Civil Veterinary Department. Madras. Admin. report 1910-25 - 1910-1925
Year: 1910
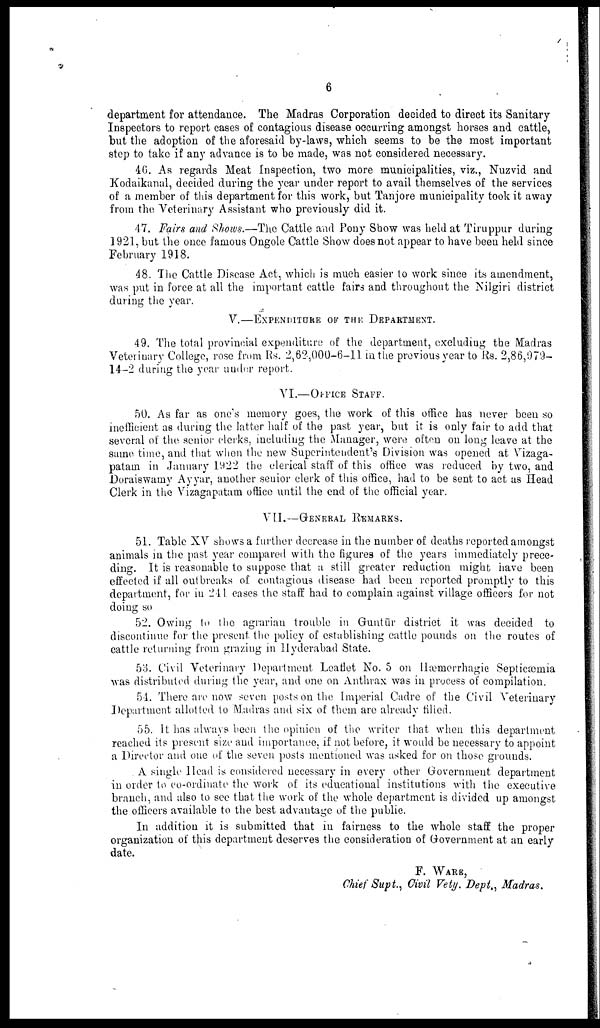
6
department for attendance. The Madras Corporation decided to direct its Sanitary
Inspectors to report cases of contagious disease occurring amongst horses and cattle,
but the adoption of the aforesaid by laws, which seems to be the most important
step to take if any advance is to be made, was not considered necessary.
40. As regards Meat Inspection, two more municipalities, viz., Nuzvid and
Kodaikanal, decided during the year under report to avail themselves of the services
of a member of this department for this work, but Tanjore municipality took it away
from the Veterinary Assistant who previously did it.
47. Fairs and Shows.—The Cattle and Pony Show was held at Tiruppur during
1921, but the once famous Ongole Cattle Show does not appear to have been held since
February 1918.
48. The Cattle Disease Act, which is much easier to work since its amendment,
was put in force at all the important cattle fairs and throughout the Nilgiri district
during the year.
V.—EXPENDITURE OF THE DEPARTMENT.
49. The total provincial expenditure of the department, excluding the Madras
Veterinary College, rose from Rs. 2,62,000-6-11 in the previous year to Rs. 2,86,979-
14-2 during the year under report.
VI.—OFFICE STAFF.
50. As far as one's memory goes, the work of this office has never been so
inefficient as during the latter half of the past year, but it. is only fair to add that
several of the senior clerks, including the Manager, were often on long leave at the
sumo time, and that when the new Superintendent's Division was opened at Vizaga-
patam in January 1922 the clerical staff of this office was reduced by two, and
Dorai8wamy Ayyar, another senior clerk of this office, had to be sent to act as Head
Clerk in the Vizagapatam office until the end of the official year.
VII.—GENERAL REMARKS.
51. Table XV shows a further decrease in the number of deaths reported amongst
animals in the past year compared with the figures of the years immediately prece-
ding. It is reasonable to suppose that a still greater reduction might have been
effected if all outbreaks of contagious disease had been reported promptly to this
department, for in 241. cases the staff had to complain against village officers for not
doing so
52. Owing to the agrarian trouble in Guntur district it was decided to
discontinue for the present the policy of establishing cattle pounds on the routes of
cattle returning from grazing in Hyderabad State.
53. Civil Veterinary Department Leaflet No. 5 on Hæmorrhagic Septicæmia
was distributed during the year, and one on Anthrax was in process of compilation.
51. There are now seven posts on the Imperial Cadre of the Civil Veterinary
Department allotted to Madras and six of them are already filled.
55. It has always been the opinion of the writer that when this department
reached its present size and importance, if not before, it would be necessary to appoint
a Director and one of the seven posts mentioned was asked for on those grounds.
A single Head is considered necessary in every other Government department
in order to co-ordinate the work of its educational institutions with the executive
branch, and also to see that the work of the whole department is divided up amongst
the officers available to the best advantage of the public.
In addition it is submitted that in fairness to the whole staff the proper
organization of this department deserves the consideration of Government at an early
date.
F. WARE,
Chief Supt., Civil Vety. Dept., Madras.